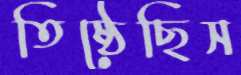
তিষ্ঠেছিস